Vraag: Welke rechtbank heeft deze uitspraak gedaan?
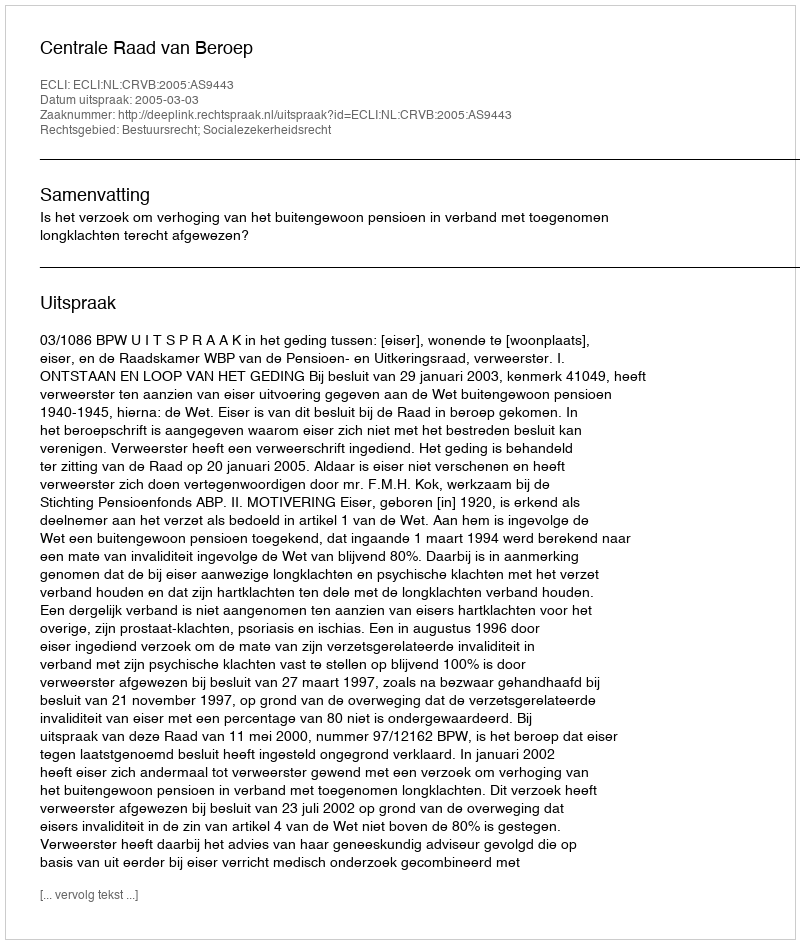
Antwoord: Centrale Raad van Beroep